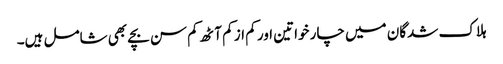
ہلاک شدگان میں چار خواتین اور کم از کم آٹھ کم سن بچے بھی شامل ہیں۔